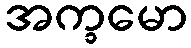
အက္ခမော